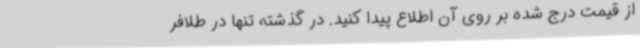
از قیمت درج شده بر روی آن اطلاع پیدا کنید. در گذشته تنها در طلافر